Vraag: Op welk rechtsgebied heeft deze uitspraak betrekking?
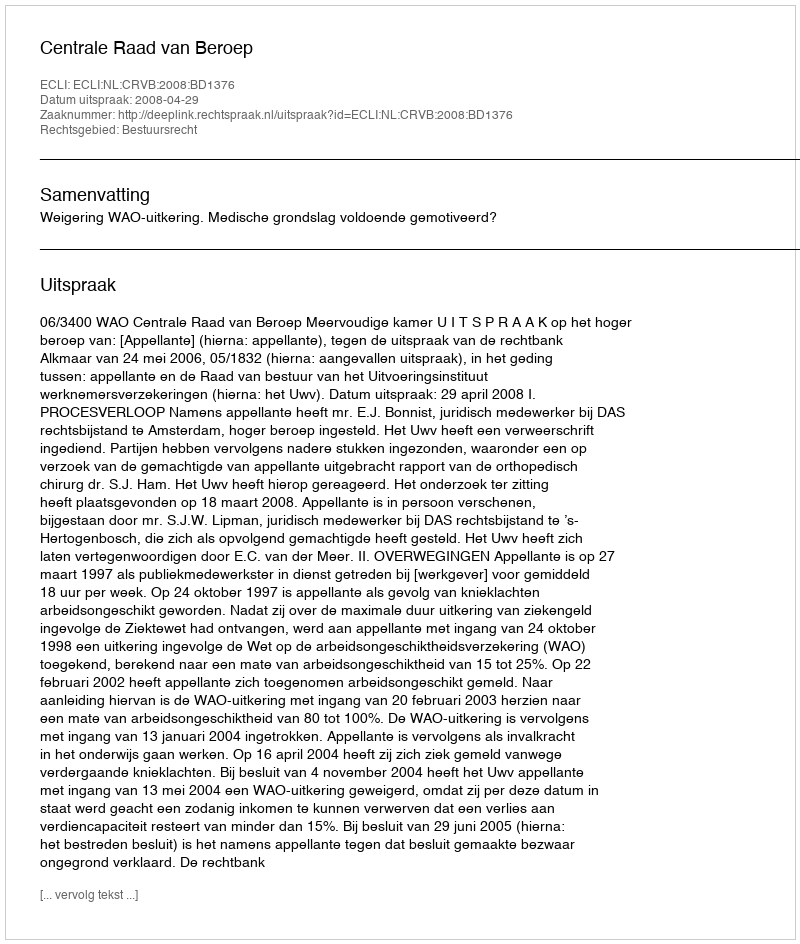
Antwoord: Bestuursrecht